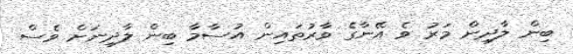
ބިން ލާދިން މަރު ވެ އޭނާގެ ވާރުތައިން އުސާމާ ބިން ލާދިނަށް ވެސް